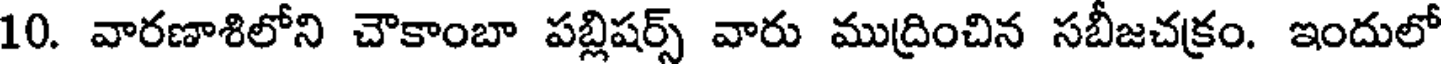
10. వారణాశిలోని చౌకాంబా పబ్లిషర్స్ వారు ముద్రించిన సబీజచక్రం. ఇందులో